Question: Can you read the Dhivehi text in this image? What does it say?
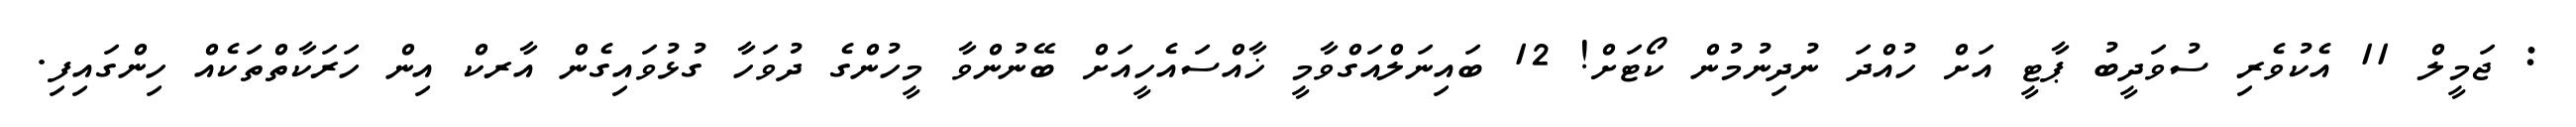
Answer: : ޖަމީލް 11 އެކުވެރި ސުވަދީބު ޕާޓީ އަށް ހުއްދަ ނުދިނުމުން ކޯޓަށް! 12 ބައިނަލްއަގްވާމީ ޚާއްސައެހީއަށް ބޭނުންވާ މީހުންގެ ދުވަހާ ގުޅުވައިގެން އާރކް އިން ހަރަކާތްތަކެއް ހިންގައިފި.